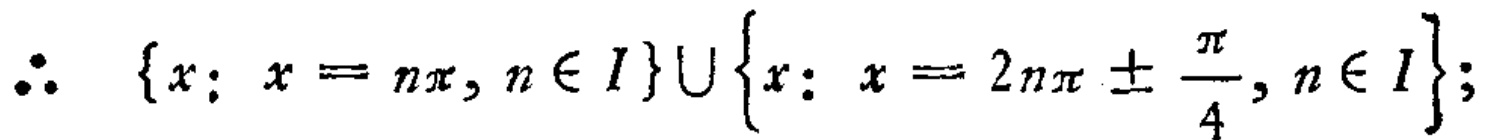
\(\therefore \{x: x = n\pi, n\in I\}\cup\{x: x = 2n\pi\pm\frac{\pi}{4}, n\in I\}; \)